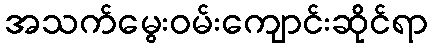
အသက်မွေးဝမ်းကျောင်းဆိုင်ရာ